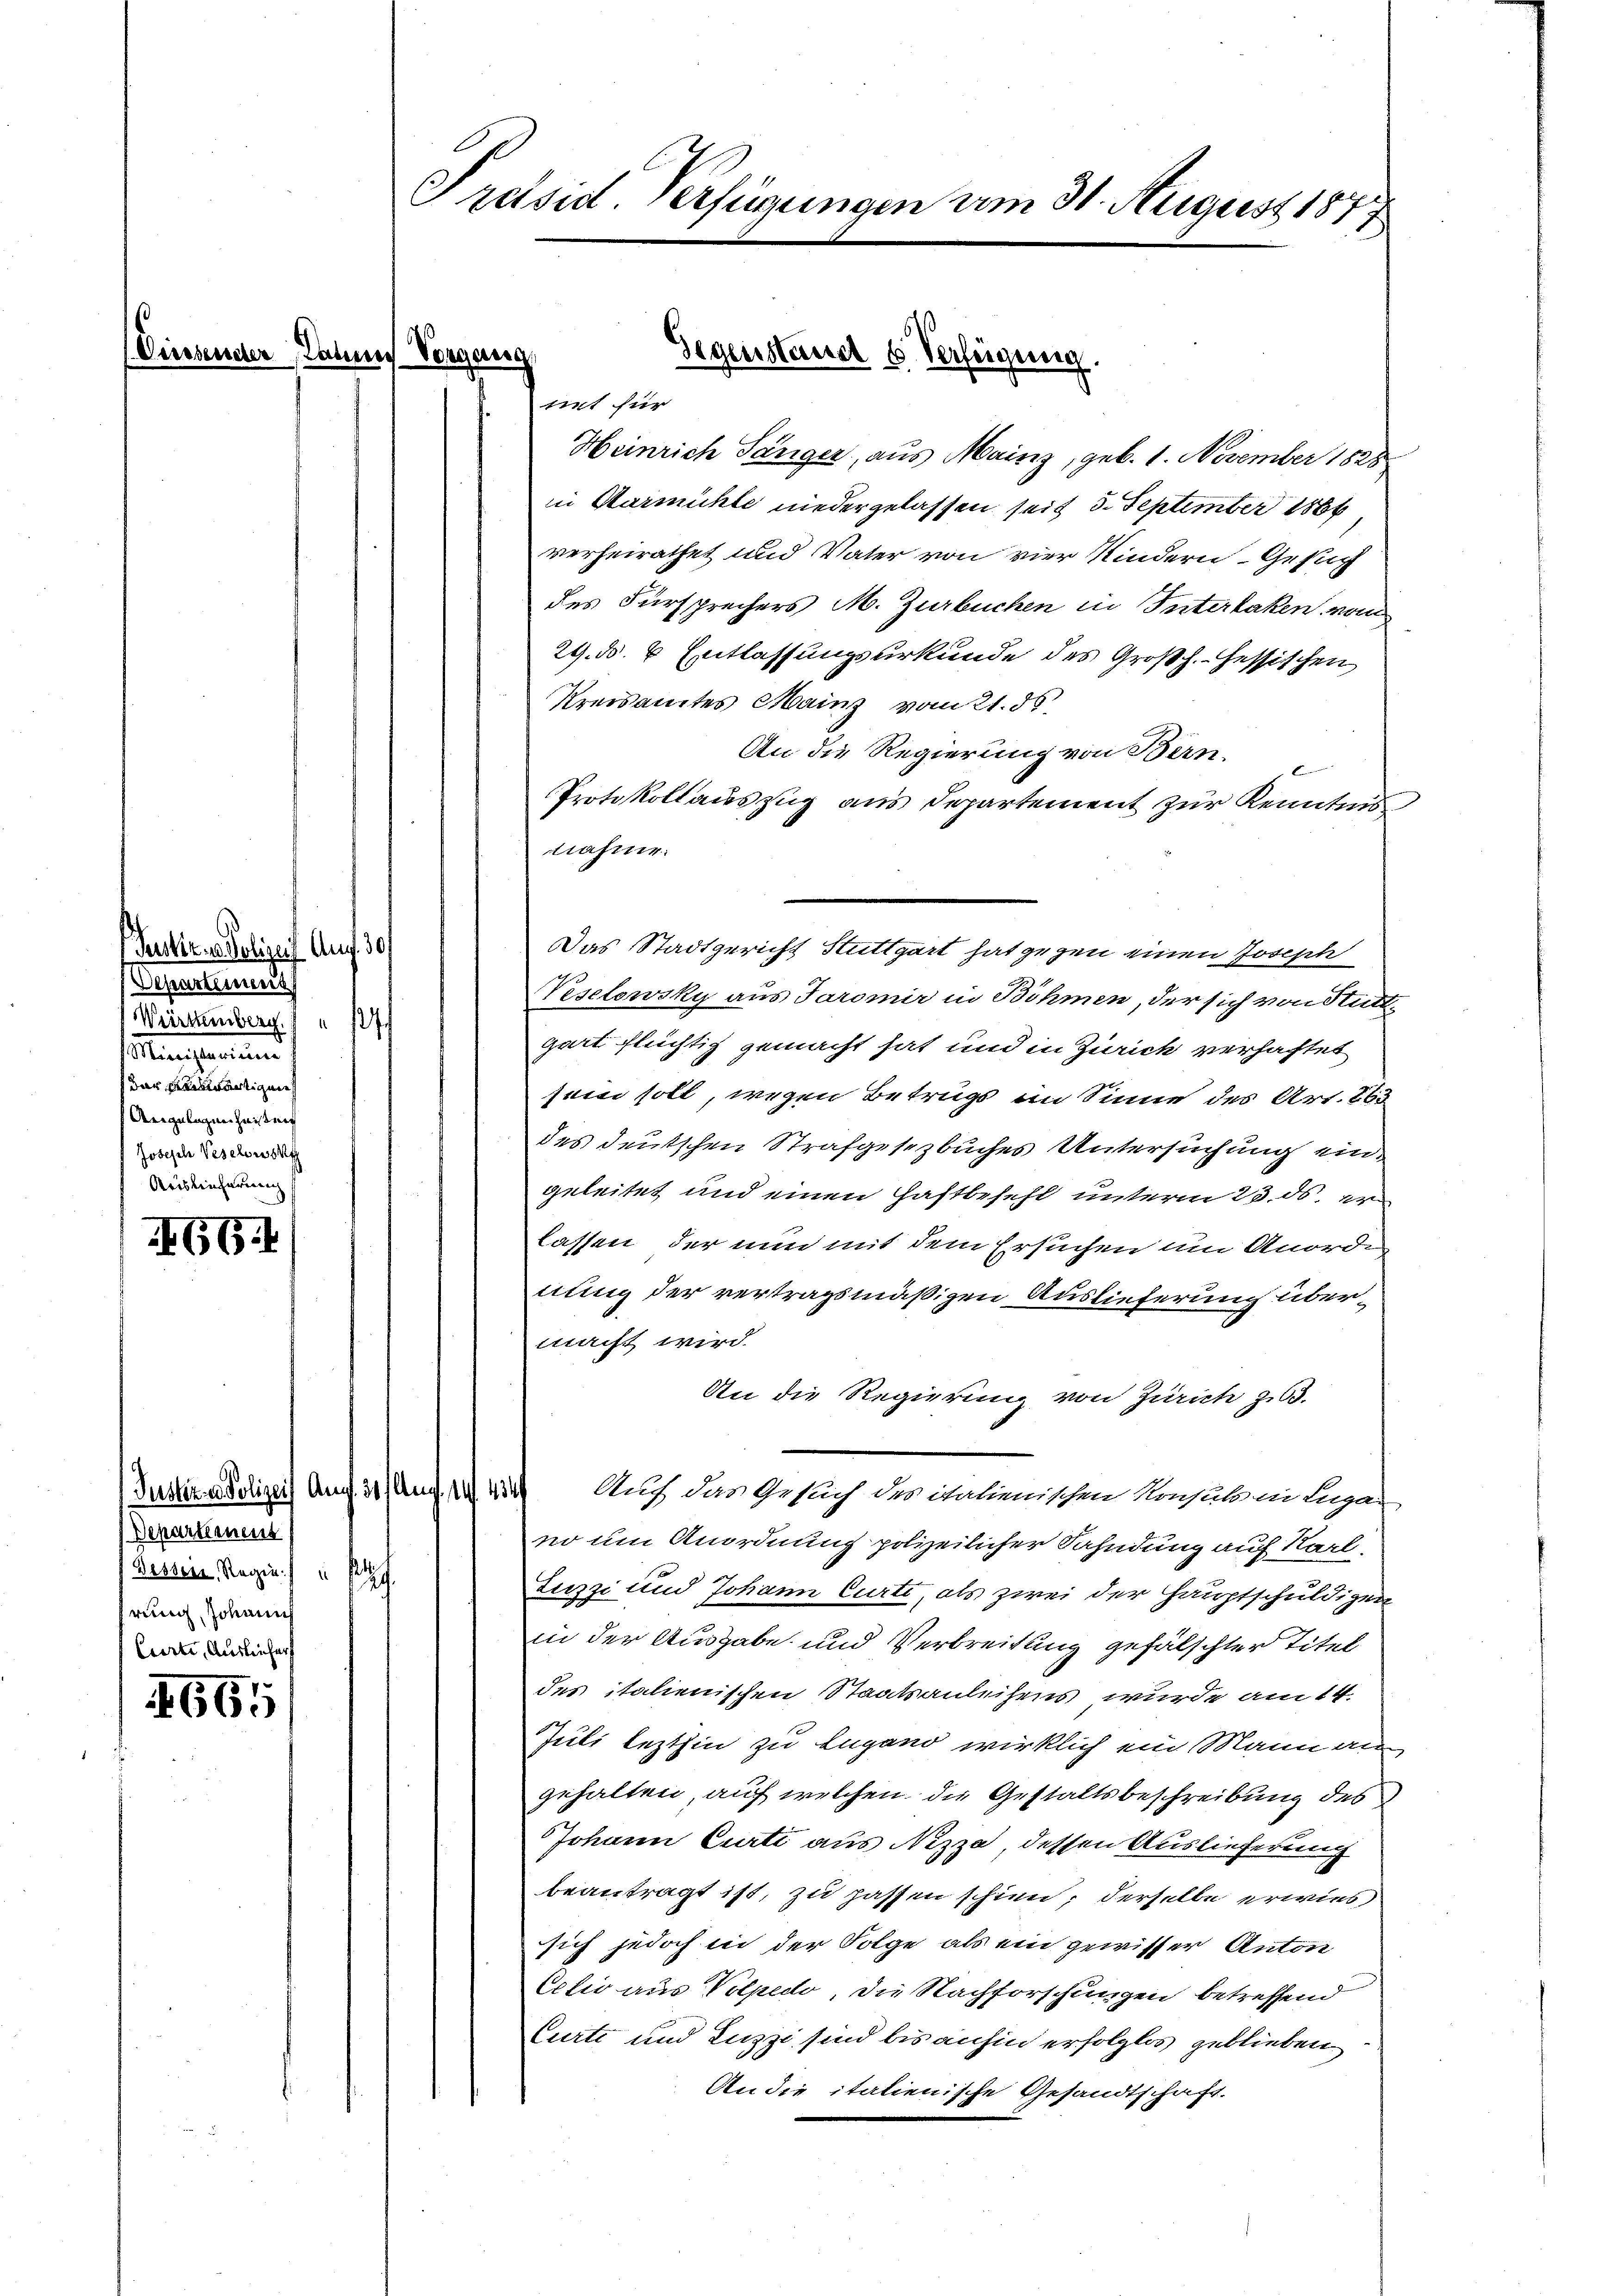
e

Pruker. v. Polizei Aug. 30.
Separteinen
Weirtemberg. Ich
stlangemeinen
dar gewärtigene
Angelegen haisten
Joseph Vesclowsk
Auslieferung

654

Justiz- u Polizei An
Departemens
Dessein, Regie
hrung, Johann
Curti, Ausliefer

665

Präsid. Verfügungen am 31. August 1877

egaer
mint für
Heinrich Sänger, aus Mainz, geb. 1. November 1828
in Kurmühle niedergelassen seit 3. September 1866
verheirathet und Vater von vier Kindern Gesuch
des Fürsprechers M. Zurbuchen in Interlaken vom
29. d. 4. Entlassungsurkunde des Großh. Hessischen
Kreisamtes Mainz vom 21. 56.
An die Regierung von Bern.
Protokollauszug aus Departement zur Kenntnis
nahner.
Teselowsky aus Taromir in Böhmen, der sich von Stutt
gart flüchtig gemacht hat und in Zürich verhaftet
sein soll, wegen Betrugs im Sinne des Art. 863
des deutschen Strafgesezbuches Untersuchung eingeleitet und einen Haftbefehl unterm 23. ds. er
lassen, der nun mit dem Ersuchen um Anorde
nung der vertragsmäßigen Auslieferung übermacht wird.
An die Regierung von Zürich zu 3.
 Auf das Gesuch des italienischen Konsul in Luga
no um Anordnung polizeilicher Fahndung auf Karl.
Luzzi und Johann Curti, als zwei der Hauptschuldigen
in der Ausgabe und Verbreitung gefälschter Titel
des italienischen Staatsanleihens wurde am 14.
Juli lezthin zu Lugano wirklich ein Mann au
gehalten, auf welchen die Gestaltsbeschreibung des
Johann Curti aus Nizza, dessen Auslieferung
beantragt ist, zu passen schien, derselbe erwies
sich jedoch in der Folge als ein gewisser Anton
Cetio aus Volpedo, die Nachforschungen betreffend
Curte und Luzzi sind bis anhin erfolglos geblieben
An die italienische Gesandtschaft.

Gegenstandt 6 Verfügung

Das Stadtgericht Stuttgart hat gegen einen Joseph